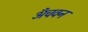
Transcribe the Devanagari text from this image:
अँचवन